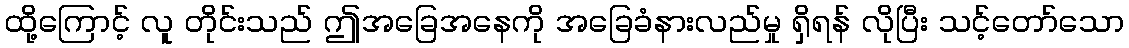
ထို့ကြောင့် လူ တိုင်းသည် ဤအခြေအနေကို အခြေခံနားလည်မှု ရှိရန် လိုပြီး သင့်တော်သော